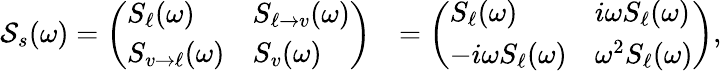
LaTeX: \begin{array}{rl}{\mathcal{S}_{s}(\omega)=\left(\begin{array}{ll}{S_{\ell}(\omega)}&{S_{\ell\to v}(\omega)}\\ {S_{v\to\ell}(\omega)}&{S_{v}(\omega)}\end{array}\right)}&{=\left(\begin{array}{ll}{S_{\ell}(\omega)}&{i\omega S_{\ell}(\omega)}\\ {-i\omega S_{\ell}(\omega)}&{\omega^{2}S_{\ell}(\omega)}\end{array}\right),}\end{array}